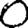
Digit: 0